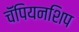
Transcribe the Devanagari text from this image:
चॅंपियनशिप